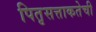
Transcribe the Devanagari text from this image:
पितृसत्ताकतेची